Indian journal of veterinary science and animal husbandry - Volume 3,
Year: 1933
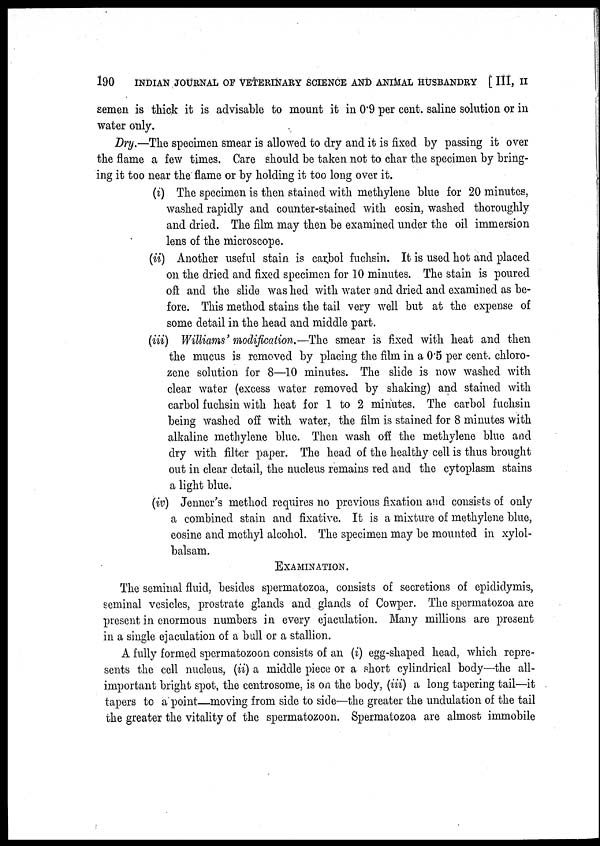
190
INDIAN JOURNAL OF VETERINARY SCIENCE AND ANIMAL HUSBANDRY [ III, II
semen is thick it is advisable to mount it in 0.9 per cent. saline solution or in
water only.
Dry.—The specimen smear is allowed to dry and it is fixed by passing it over
the flame a few times. Care should be taken not to char the specimen by bring-
ing it too near the flame or by holding it too long over it.
(i) The specimen is then stained with methylene blue for 20 minutes,
washed rapidly and counter-stained with eosin, washed thoroughly
and dried. The film may then be examined under the oil immersion
lens of the microscope.
(ii) Another useful stain is carbol fuchsin. It is used hot and placed
on the dried and fixed specimen for 10 minutes. The stain is poured
off and the slide was hed with water and dried and examined as be-
fore. This method stains the tail very well but at the expense of
some detail in the head and middle part.
(iii) Williams' modification. —The smear is fixed with heat and then
the mucus is removed by placing the film in a 0.5 per cent. chloro¬
zene solution for 8—10 minutes. The slide is now washed with
clear water (excess water removed by shaking) and stained with
carbol fuchsin with heat for 1 to 2 minutes. The carbol fuchsin
being washed off with water, the film is stained for 8 minutes with
alkaline methylene blue. Then wash off the methylene blue and
dry with filter paper. The head of the healthy cell is thus brought
out in clear detail, the nucleus remains red and the cytoplasm stains
a light blue.
(iv) Jenner's method requires no previous fixation and consists of only
a combined stain and fixative. It is a mixture of methylene blue,
eosine and methyl alcohol. The specimen may be mounted in xylol¬
balsam.
EXAMINATION.
The seminal fluid, besides spermatozoa, consists of secretions of epididymis,
seminal vesicles, prostrate glands and glands of Cowper. The spermatozoa are
present in enormous numbers in every ejaculation. Many millions are present
in a single ejaculation of a bull or a stallion.
A fully formed spermatozoon consists of an (i) egg-shaped head, which repre-
sents the cell nucleus, (ii) a middle piece or a short cylindrical body—the all-
important bright spot, the centrosome, is on the body, (iii) a long tapering tail—it
tapers to a point—moving from side to side—the greater the undulation of the tail
the greater the vitality of the spermatozoon. Spermatozoa are almost immobile